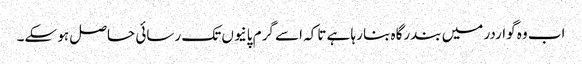
اب وہ گواردر میں بندرگاہ بنا رہا ہے تاکہ اسے گرم پانیوں تک رسائی حاصل ہو سکے۔